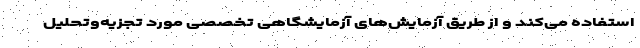
استفاده می‌کند و از طریق آزمایش‌های آزمایشگاهی تخصصی مورد تجزیه‌وتحلیل